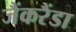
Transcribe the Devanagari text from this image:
जैंकरैंडा